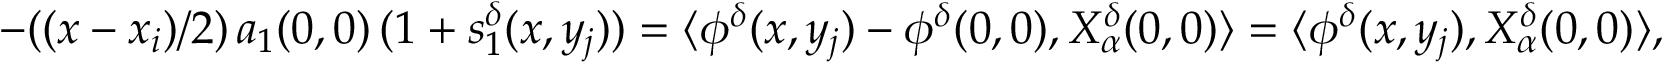
\begin{array} { r } { - ( ( x - x _ { i } ) / 2 ) \, a _ { 1 } ( 0 , 0 ) \, ( 1 + s _ { 1 } ^ { \delta } ( x , y _ { j } ) ) = \langle \phi ^ { \delta } ( x , y _ { j } ) - \phi ^ { \delta } ( 0 , 0 ) , X _ { \alpha } ^ { \delta } ( 0 , 0 ) \rangle = \langle \phi ^ { \delta } ( x , y _ { j } ) , X _ { \alpha } ^ { \delta } ( 0 , 0 ) \rangle , } \end{array}